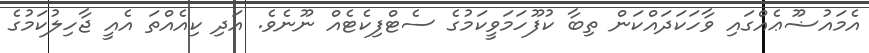
އެމައުޟޫޢެއްގައި ވާހަކަދައްކަން ތިބާ ކުފޫހަމަވީކަމުގެ ސެޓްފިކެޓެއް ނޫނެވެ. އަދި ކިއެއްތަ އެއީ ޖާހިލުކަމުގެ